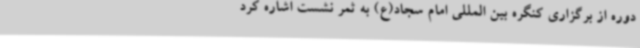
دوره از برگزاری کنگره بین المللی امام سجاد(ع) به ثمر نشست اشاره کرد